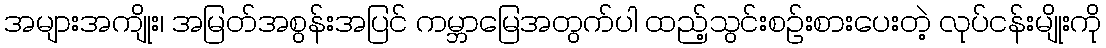
အများအကျိုး၊ အမြတ်အစွန်းအပြင် ကမ္ဘာမြေအတွက်ပါ ထည့်သွင်းစဥ်းစားပေးတဲ့ လုပ်ငန်းမျိုးကို